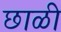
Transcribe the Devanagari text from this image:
छाळी